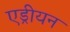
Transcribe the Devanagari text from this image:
एड्रीयन